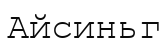
Айсиньг